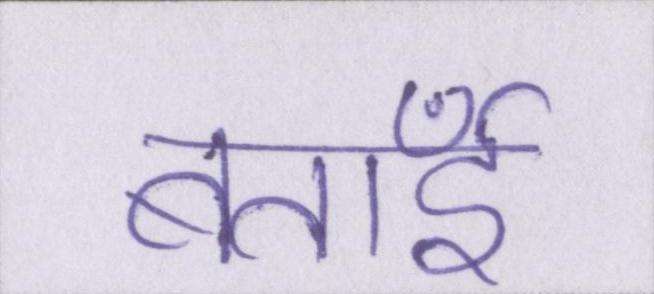
बताईँ